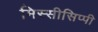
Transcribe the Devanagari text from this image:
मिस्सीसिप्पी